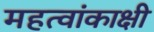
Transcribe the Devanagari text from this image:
महत्वांकाक्षी